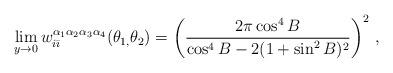
LaTeX: \begin{align*}\lim_{y\rightarrow 0}w_{i\bar{\imath}}^{\alpha _{1}\alpha _{2}\alpha_{3}\alpha _{4}}(\theta _{1,}\theta _{2})=\left( \frac{2\pi \cos ^{4}B}{\cos^{4}B-2(1+\sin ^{2}B)^{2}}\right) ^{2}\,,\end{align*}